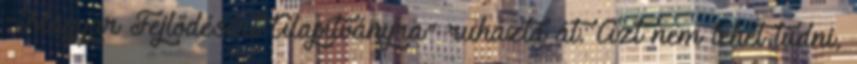
"Magyar Fejlődésért Alapítványra" ruházta át. Azt nem lehet tudni,